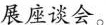
展座谈会。